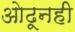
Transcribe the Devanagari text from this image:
ओढूनही